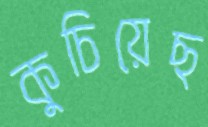
কুচিয়েছ